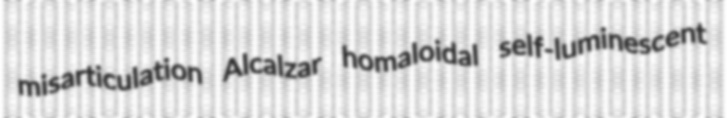
misarticulation Alcalzar homaloidal self-luminescent